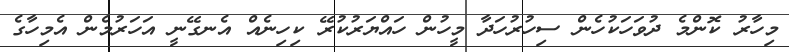
މިހާރު ކޮންމެ ދުވަހަކުހެން ސިހުރުހަދާ މީހުން ހައްޔަރުކުރޭ ކިހިނެއް އެނގޭނީ އަހަރުމެން އެމިހާގެ